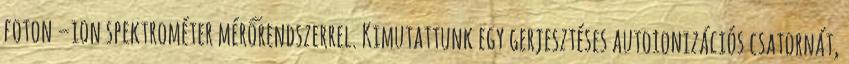
foton –ion spektrométer mérőrendszerrel. Kimutattunk egy gerjesztéses autoionizációs csatornát,